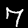
Label: 7